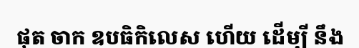
ផុត ចាក ឧបធិកិលេស ហើយ ដើម្បី នឹង